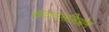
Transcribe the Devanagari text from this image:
बाटटागलिओन